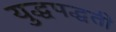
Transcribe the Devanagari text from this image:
युद्धपद्धती